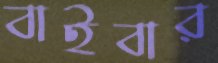
বাইবার